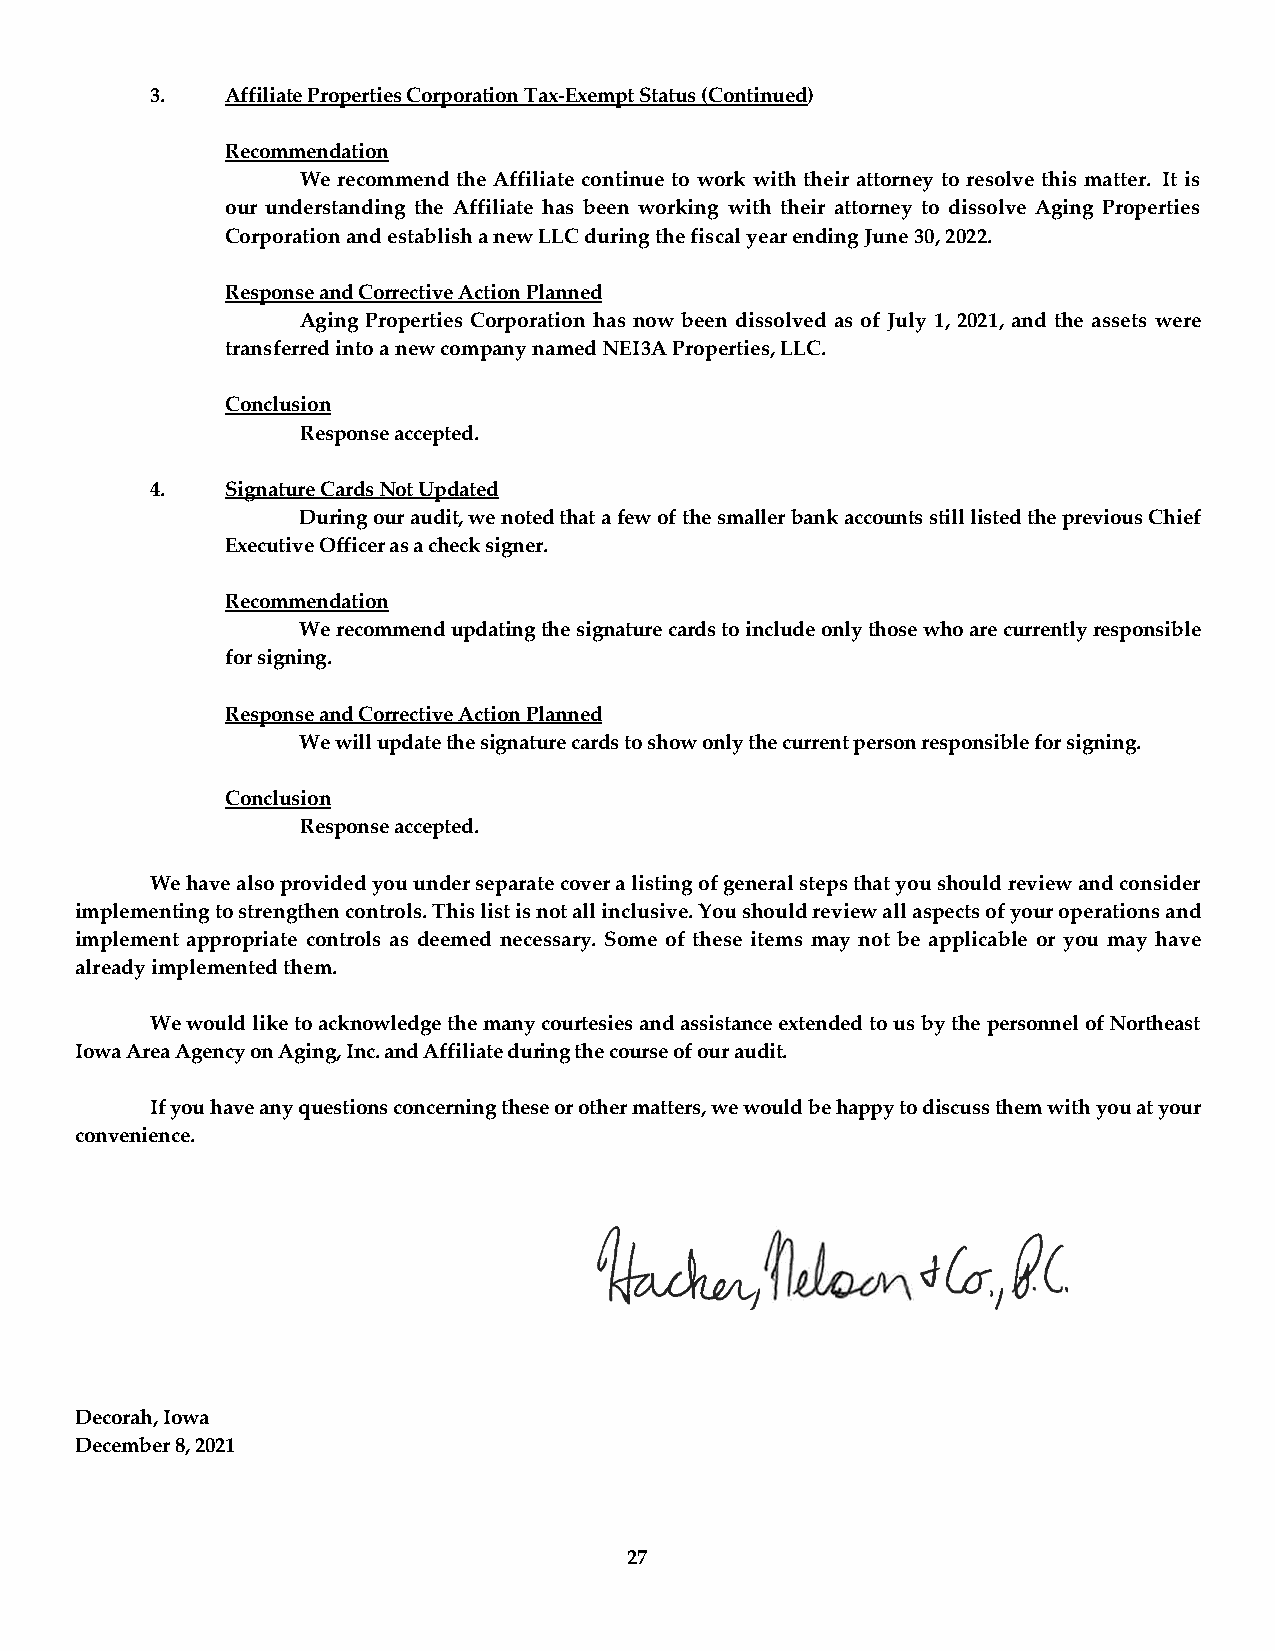
3.   Affiliate Properties Corporation Tax-Exempt Status (Continued)
 Recommendation
 We recommend the Affiliate continue to work with their attorney to resolve this matter. It is
 our understanding the Affiliate has been working with their attorney to dissolve Aging Properties
 Corporation and establish a new LLC during the fiscal year ending June 30, 2022.
 Response and Corrective Action Planned
 Aging Properties Corporation has now been dissolved as of July 1, 2021, and the assets were
 transferred into a new company named NEI3A Properties, LLC.
 Conclusion
 Response accepted.
 4.   Signature Cards Not Updated
 During our audit, we noted that a few of the smaller bank accounts still listed the previous Chief
 Executive Officer as a check signer.
 Recommendation
 We recommend updating the signature cards to include only those who are currently responsible
 for signing.
 Response and Corrective Action Planned
 We will update the signature cards to show only the current person responsible for signing.
 Conclusion
 Response accepted.
 We have also provided you under separate cover a listing of general steps that you should review and consider
 implementing to strengthen controls. This list is not all inclusive. You should review all aspects of your operations and
 implement appropriate controls as deemed necessary. Some of these items may not be applicable or you may have
 already implemented them.
 We would like to acknowledge the many courtesies and assistance extended to us by the personnel of Northeast
 Iowa Area Agency on Aging, Inc. and Affiliate during the course of our audit.
 If you have any questions concerning these or other matters, we would be happy to discuss them with you at your
 convenience.
 Decorah, Iowa
 December 8, 2021
 27